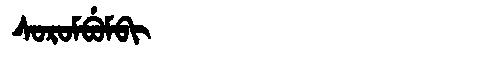
Manchu: ᠰᠣᡵᠣᠮᠪᡠᠮᠪᡳ
Romanization: SOROMBUMBI